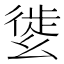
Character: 𢇌